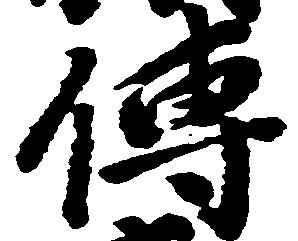
伝